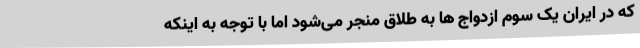
که در ایران یک سوم ازدواج ها به طلاق منجر می‌شود اما با توجه به اینکه